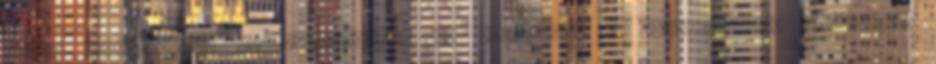
soros megjegyzést is mellékelhet az üzenethez a "Megjegyzés" rovatban.